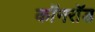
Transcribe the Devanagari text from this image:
कॉनरॉड